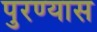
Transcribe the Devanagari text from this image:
पुरण्यास